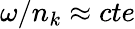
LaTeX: \omega/n_{k}\approx cte